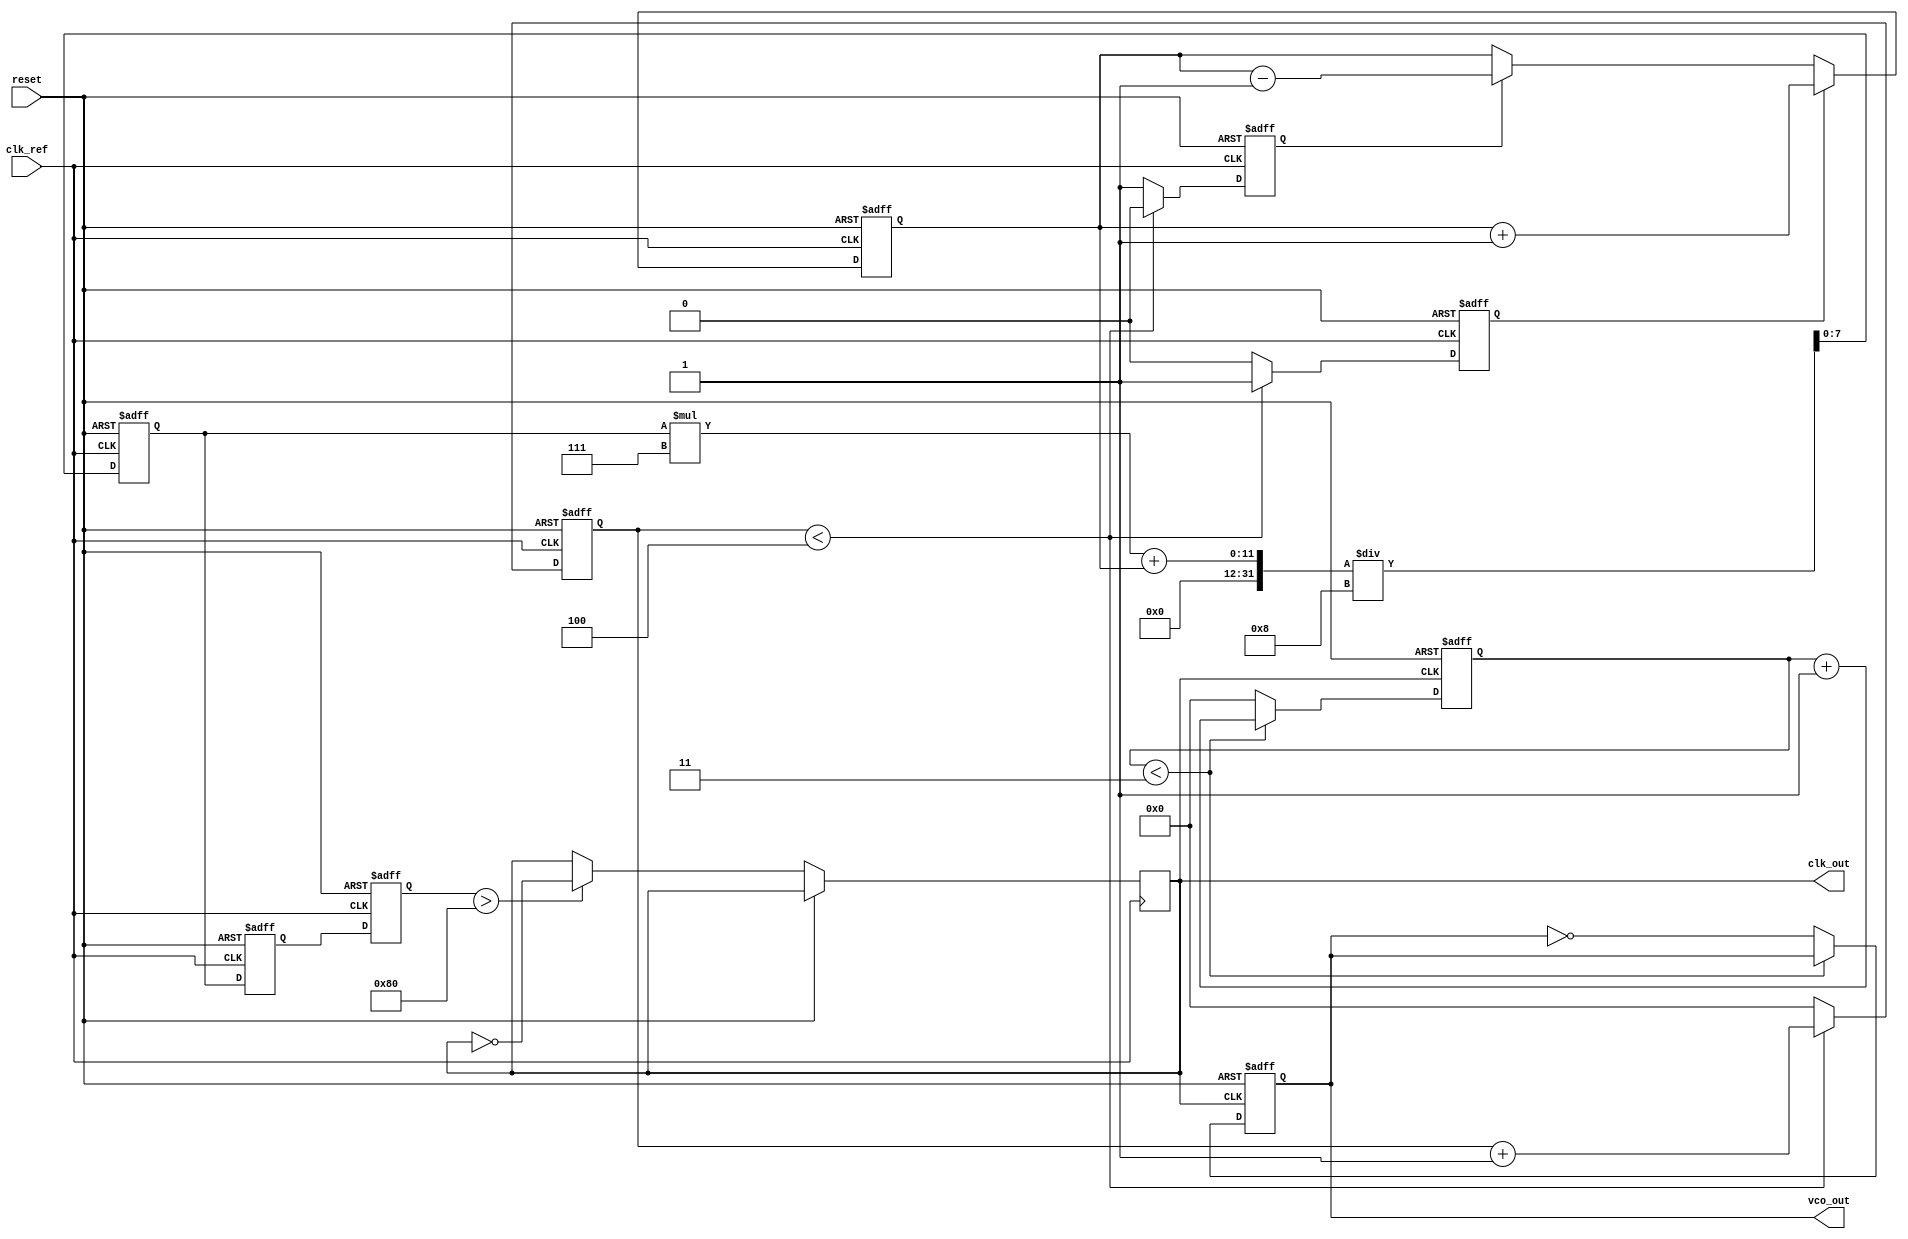
module low_jitter_pll (
    input wire clk_ref,             // Reference clock input
    input wire reset,               // Reset signal
    output reg clk_out,             // Output clock
    output reg vco_out              // VCO output
);

    // PFD signals
    reg pfd_up, pfd_down;
    reg [3:0] phase_count;          // Phase count for PFD

    // Charge Pump signals
    reg [7:0] charge_pump_output;   // Charge pump output voltage
    reg [7:0] loop_filter_output;    // Loop filter output voltage

    // VCO parameters
    reg [7:0] vco_control_voltage;   // Control voltage for VCO
    reg [7:0] vco_frequency;          // VCO frequency

    // Frequency Divider parameters
    reg [3:0] divider_count;          // Divider count
    parameter DIV_RATIO = 4;         // Division ratio

    // PFD Implementation
    always @(posedge clk_ref or posedge reset) begin
        if (reset) begin
            pfd_up <= 0;
            pfd_down <= 0;
            phase_count <= 0;
        end else begin
            // Phase detection logic
            if (phase_count < DIV_RATIO) begin
                pfd_up <= 1;
                pfd_down <= 0;
                phase_count <= phase_count + 1;
            end else begin
                pfd_up <= 0;
                pfd_down <= 1;
                phase_count <= 0;
            end
        end
    end

    // Charge Pump Implementation
    always @(posedge clk_ref or posedge reset) begin
        if (reset) begin
            charge_pump_output <= 0;
        end else begin
            if (pfd_up) begin
                charge_pump_output <= charge_pump_output + 1; // Increase voltage
            end else if (pfd_down) begin
                charge_pump_output <= charge_pump_output - 1; // Decrease voltage
            end
        end
    end

    // Loop Filter Implementation (Simple RC filter model)
    always @(posedge clk_ref or posedge reset) begin
        if (reset) begin
            loop_filter_output <= 0;
        end else begin
            loop_filter_output <= (loop_filter_output * 7 + charge_pump_output) / 8; // Simple averaging
        end
    end

    // VCO Implementation
    always @(posedge clk_ref or posedge reset) begin
        if (reset) begin
            vco_control_voltage <= 0;
            vco_frequency <= 0;
        end else begin
            vco_control_voltage <= loop_filter_output;
            vco_frequency <= vco_control_voltage; // Simplified frequency mapping
            clk_out <= (vco_frequency > 128) ? ~clk_out : clk_out; // Toggle clock based on frequency
        end
    end

    // Frequency Divider Implementation
    always @(posedge clk_out or posedge reset) begin
        if (reset) begin
            divider_count <= 0;
            vco_out <= 0;
        end else begin
            if (divider_count < DIV_RATIO - 1) begin
                divider_count <= divider_count + 1;
            end else begin
                divider_count <= 0;
                vco_out <= ~vco_out; // Toggle VCO output
            end
        end
    end

endmodule